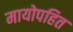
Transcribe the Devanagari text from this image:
मायोपहित